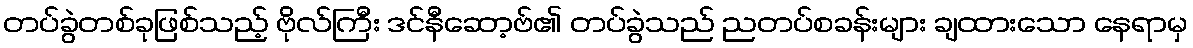
တပ်ခွဲတစ်ခုဖြစ်သည့် ဗိုလ်ကြီး ဒင်နီဆော့ဗ်၏ တပ်ခွဲသည် ညတပ်စခန်းများ ချထားသော နေရာမှ